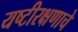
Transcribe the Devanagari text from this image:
यष्टीरक्षणाचे